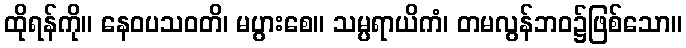
ထိုရန်ကို။ နေဝပသဝတိ၊ မပွားစေ။ သမ္ပရာယိကံ၊ တမလွန်ဘဝ၌ဖြစ်သော။